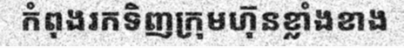
កំពុងរកទិញក្រុមហ៊ុនខ្លាំងខាង